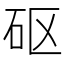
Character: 𥐰